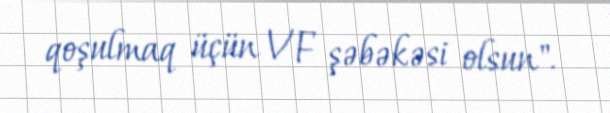
qoşulmaq üçün VF şəbəkəsi olsun".